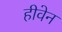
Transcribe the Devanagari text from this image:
हीवेन